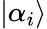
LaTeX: |{\alpha_{i}}\rangle